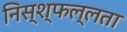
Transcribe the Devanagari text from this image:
निस्श्फल्लता